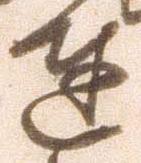
達